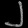
Digit: ၂